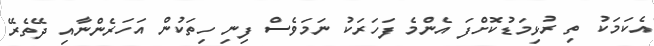
އެކަމަކު ތި ރުޅިމަޑުކޮށްފަ އެންމެ ފަހަރަކު ނަމަވެސް ފިނި ހިތަކުން އަހަރެންނާއި ދޭތެރޭ